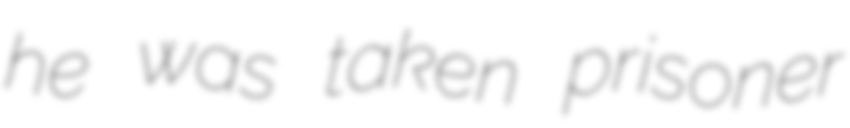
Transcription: he was taken prisoner